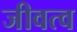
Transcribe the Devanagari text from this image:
जीवत्व